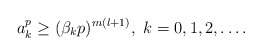
\begin{align*}a_{k}^{p} \geq (\beta_{k}p)^{m(l+1)},~k=0,1,2,\ldots.\end{align*}